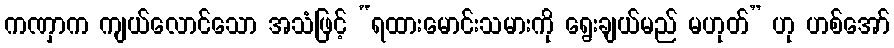
ကဏှာက ကျယ်လောင်သော အသံဖြင့် “ရထားမောင်းသမားကို ရွေးချယ်မည် မဟုတ်” ဟု ဟစ်အော်